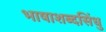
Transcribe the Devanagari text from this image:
भाषाशब्दसिंधु